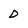
Character: D